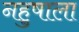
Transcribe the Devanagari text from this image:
नहुषाला